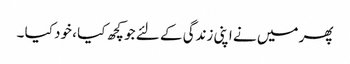
پھر میں نے اپنی زندگی کے لئے جو کچھ کیا ، خود کیا ۔